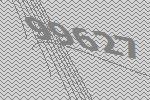
99627